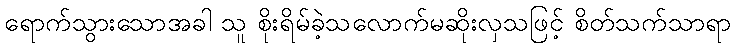
ရောက်သွားသောအခါ သူ စိုးရိမ်ခဲ့သလောက်မဆိုးလှသဖြင့် စိတ်သက်သာရာ